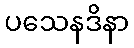
ပသေနဒိနာ